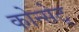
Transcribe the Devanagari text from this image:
कोन्सेट्